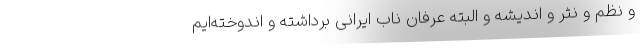
و نظم و نثر و اندیشه و البته عرفان ناب ایرانی برداشته و اندوخته‌ایم